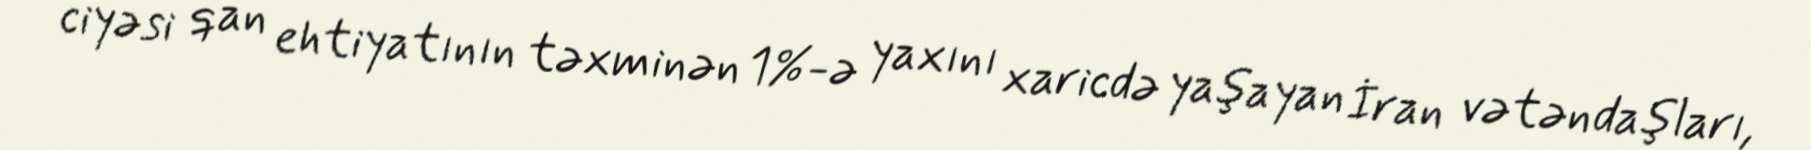
ciyəsi qan ehtiyatının təxminən 1%-ə yaxını xaricdə yaşayan İran vətəndaşları,